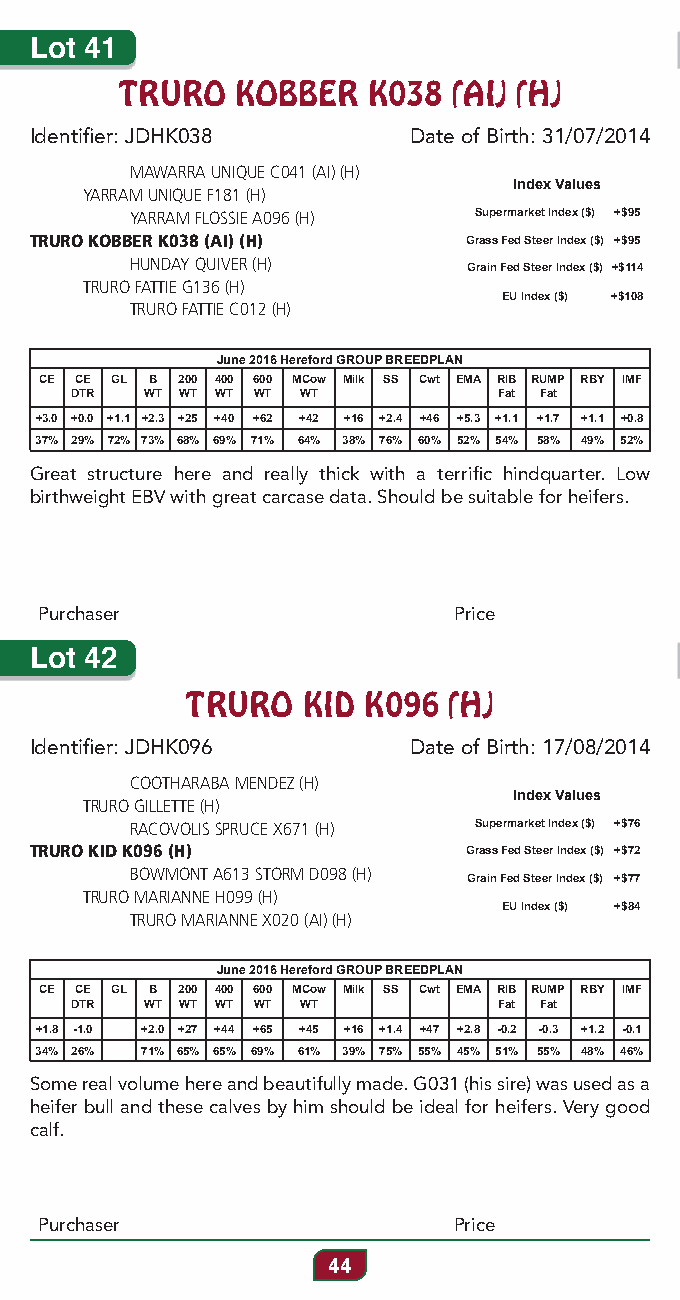
Lot 41
 TRURO   KOBBER  K038  (AI) (H)
 Identifier: JDHK038      Date of Birth: 31/07/2014
 MAWARRA UNIQUE C041 (AI) (H)
 Index Values
 YARRAM UNIQUE F181 (H)
 YARRAM FLOSSIE A096 (H) Supermarket Index ($) +$95
 TRURO KOBBER K038 (AI) (H)   Grass Fed Steer Index ($) +$95
 HUNDAY QUIVER (H)     Grain Fed Steer Index ($) +$114
 TRURO FATTIE G136 (H)
 EU Index ($) +$108
 TRURO FATTIE C012 (H)
 June 2016 Hereford GROUP BREEDPLAN
 CE CE GL B 200 400 600 MCow Milk SS Cwt EMA RIB RUMP RBY IMF
 DTR  WT WT WT WT WT         Fat Fat
 +3.0 +0.0 +1.1 +2.3 +25 +40 +62 +42 +16 +2.4 +46 +5.3 +1.1 +1.7 +1.1 +0.8
 37% 29% 72% 73% 68% 69% 71% 64% 38% 76% 60% 52% 54% 58% 49% 52%
 Great structure here and really thick with a terrific hindquarter. Low
 birthweight EBV with great carcase data. Should be suitable for heifers.
 Purchaser                  Price
 Lot 42
 TRURO   KID K096  (H)
 Identifier: JDHK096      Date of Birth: 17/08/2014
 COOTHARABA MENDEZ (H)
 Index Values
 TRURO GILLETTE (H)
 RACOVOLIS SPRUCE X671 (H) Supermarket Index ($) +$76
 TRURO KID K096 (H)           Grass Fed Steer Index ($) +$72
 BOWMONT A613 STORM D098 (H) Grain Fed Steer Index ($) +$77
 TRURO MARIANNE H099 (H)
 EU Index ($) +$84
 TRURO MARIANNE X020 (AI) (H)
 June 2016 Hereford GROUP BREEDPLAN
 CE CE GL B 200 400 600 MCow Milk SS Cwt EMA RIB RUMP RBY IMF
 DTR  WT WT WT WT WT         Fat Fat
 +1.8 -1.0 +2.0 +27 +44 +65 +45 +16 +1.4 +47 +2.8 -0.2 -0.3 +1.2 -0.1
 34% 26% 71% 65% 65% 69% 61% 39% 75% 55% 45% 51% 55% 48% 46%
 Some real volume here and beautifully made. G031 (his sire) was used as a
 heifer bull and these calves by him should be ideal for heifers. Very good
 calf.
 Purchaser                  Price
 44